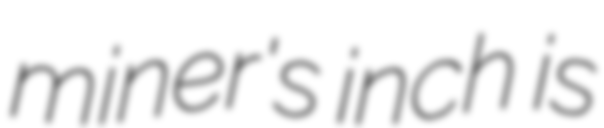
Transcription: miner's inch is